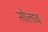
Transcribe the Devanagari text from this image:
सोलाव